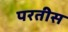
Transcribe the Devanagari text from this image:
परतीस